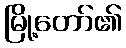
မြို့တော်၏